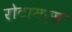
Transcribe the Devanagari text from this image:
रोटामर्स